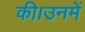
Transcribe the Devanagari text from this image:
की।उनमें